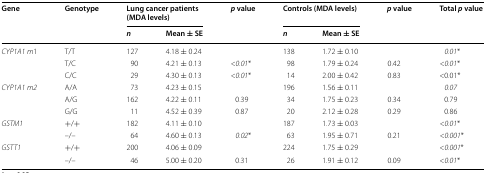
| <ROWSPAN=2> Gene | <ROWSPAN=2> Genotype | <COLSPAN=2> Lung cancer patients (MDA levels) | <ROWSPAN=2> p value | <COLSPAN=2> Controls (MDA levels) | <ROWSPAN=2> p value | <ROWSPAN=2> Total p value |
 | n | Mean ± SE | n | Mean ± SE |
 | --- | --- | --- | --- | --- | --- | --- | --- | --- |
 | CYP1A1 m1 | T/T | 127 | 4.18 ± 0.24 |  | 138 | 1.72 ± 0.10 |  | 0.01* |
 |  | T/C | 90 | 4.21 ± 0.13 | <0.01* | 98 | 1.79 ± 0.24 | 0.42 | <0.01* |
 |  | C/C | 29 | 4.30 ± 0.13 | <0.01* | 14 | 2.00 ± 0.42 | 0.83 | <0.01* |
 | CYP1A1m2 | A/A | 73 | 4.23 ± 0.15 |  | 196 | 1.56 ± 0.11 |  | 0.07 |
 |  | A/G | 162 | 4.22 ± 0.11 | 0.39 | 34 | 1.75 ± 0.23 | 0.34 | 0.79 |
 |  | G/G | 11 | 4.52 ± 0.39 | 0.87 | 20 | 2.12 ± 0.28 | 0.29 | 0.86 |
 | GSTM1 | +/+ | 182 | 4.11 ± 0.10 |  | 187 | 1.73 ± 0.03 |  | <0.01* |
 |  | –/– | 64 | 4.60 ± 0.13 | 0.02* | 63 | 1.95 ± 0.71 | 0.21 | <0.001* |
 | GSTT1 | +/+ | 200 | 4.06 ± 0.09 |  | 224 | 1.75 ± 0.29 |  | <0.001* |
 |  | –/– | 46 | 5.00 ± 0.20 | 0.31 | 26 | 1.91 ± 0.12 | 0.09 | <0.01* |